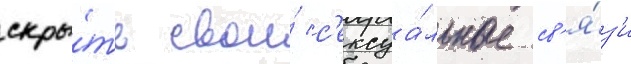
скры́ть свои́ с'ексуа́льные св'я́з'и